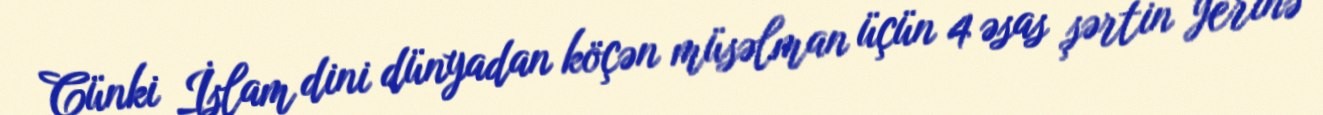
Çünki İslam dini dünyadan köçən müsəlman üçün 4 əsas şərtin yerinə